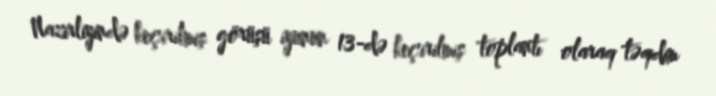
Nazirliyində keçirilmiş görüşü iyunun 13-də keçirilmiş toplantı olaraq təqdim